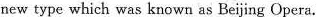
new type which was known as Beijing Opera.